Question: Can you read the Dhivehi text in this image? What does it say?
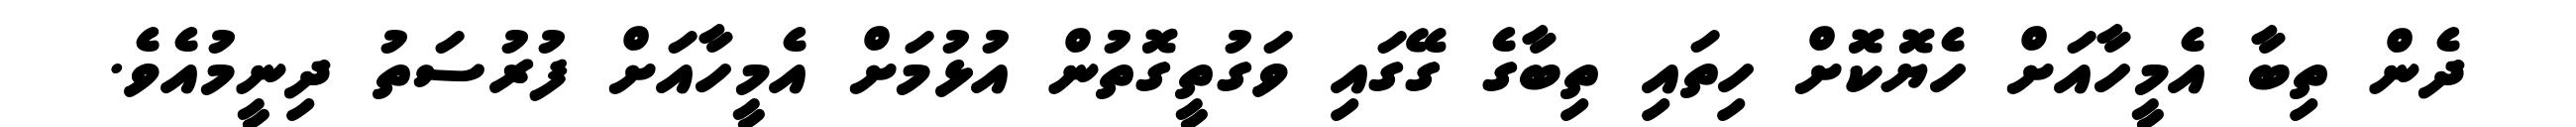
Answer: ދެން ތިބާ އެމީހާއަށް ހެޔޮކޮށް ހިތައި ތިބާގެ ގޭގައި ވަގުތީގޮތުން އުޅުމަށް އެމީހާއަށް ފުރުސަތު ދިނީމުއެވެ.